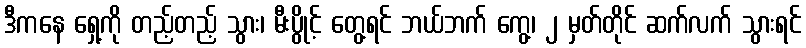
ဒီကနေ ရှေ့ကို တည့်တည့် သွား၊ မီးပွိုင့် တွေ့ရင် ဘယ်ဘက် ကွေ့၊ ၂ မှတ်တိုင် ဆက်လက် သွားရင်